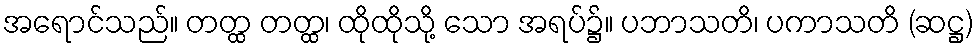
အရောင်သည်။ တတ္ထ တတ္ထ၊ ထိုထိုသို့ သော အရပ်၌။ ပဘာသတိ၊ ပကာသတိ (ဆဋ္ဌ)